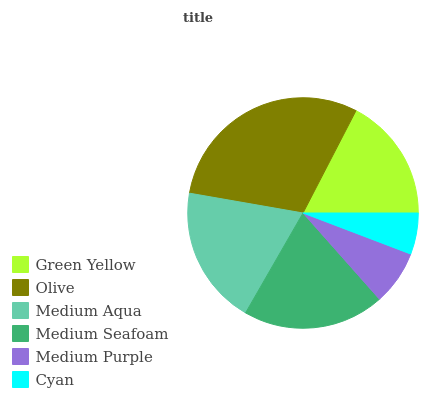
| Green Yellow | Olive | Medium Aqua | Medium Seafoam | Medium Purple | Cyan |
 | --- | --- | --- | --- | --- | --- |
 | 17.3% | 29.9% | 19.4% | 19.9% | 7.65% | 5.79% |